Report of the Municipal Commissioner on the plague in Bombay for the year ending 31st May... - Volume 1
Disease focus: Plague
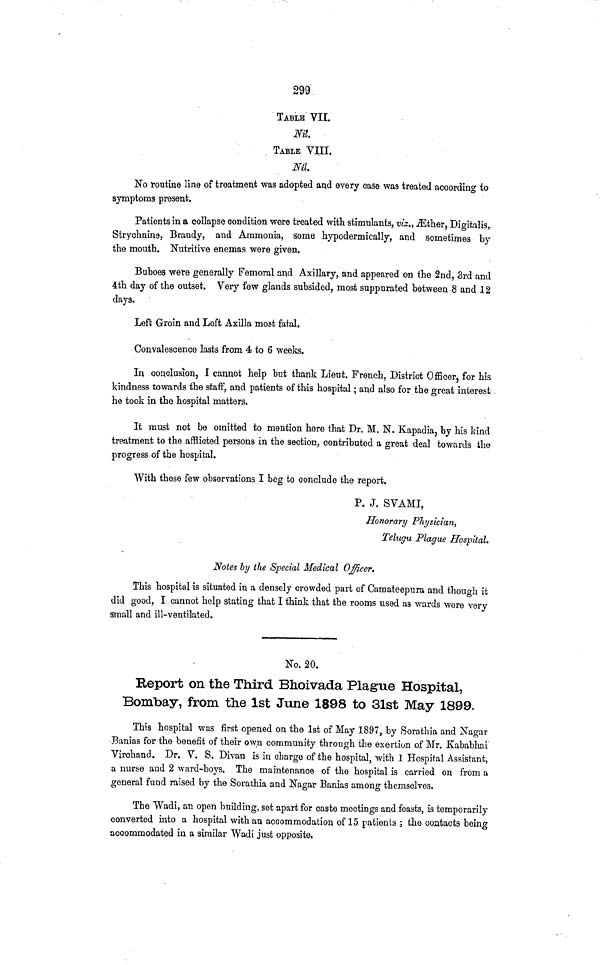
299
TABLE VII.
Nil.
TABLE VIII.
Nil.
No routine line of treatment was adopted and every case was treated according to
symptoms present.
Patients in a collapse condition were treated with stimulants, viz., Ethaer, Digitalis,-
Strychnina, Brandy, and Ammonia, some hypodermic-ally, and sometimes by
the mouth. Nutritive enemas were given.
Buhoes were generally Femoral and Axillary, and appeared on the 2nd, 3rd and
4th day of the outset. Very few glands subsided, most suppurated between 8 and 12
days.
Left Groin and Left Axilla most fatal.
Convalescence lasts from 4 to 6 weeks.
In conclusion, I cannot help but thank Lieut. French, District Officer, for his
kindness towards the staff, and patients of this hospital ; and also for the great interest
he took in the hospital matters.
It must not be omitted to mention here that Dr. M. N. Kapadia, by his kind
treatment to the afflicted persons in the section, contributed a great deal towards the
progress of the hospital.
With these few observations I beg to conclude the report.
P. J. SVAMI,
Honorary Physician,
Telugu Plague Hospital.
Notes by the Special Medical Officer.
This hospital is situated in a densely crowded part of Camateepura and though it
did good, I cannot help stating that I think that the rooms used as wards were very
small and ill-ventilated»
No. 20.
Report on the Third Bhoivada Plague Hospital,
Bombay, from the 1st June 1898 to 31st May 1899.
This hospital was first opened on the 1st of May 1897, by Sorathia and Nagar
Banias for the benefit of their own community through the exertion of Mr. Kababhai
Virchand. Dr. V. S. Divan is in charge of the hospital, with 1 Hospital Assistant,
a nurse and 2 ward-boys. The maintenance of the hospital is carried on from a
general fund raised by the Sorathia and Nagar Banias among themselves.
The Wadi, an open building, set apart for caste meetings and feasts, is temporarily
converted into a hospital with an accommodation of 15 patients ; the contacts being
accommodated in a similar Wadi just opposite.